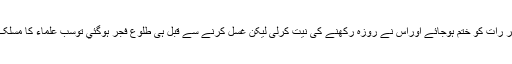
حائضہ یا نفاس والی عورت کا خون اگر رات کو ختم ہوجائے اوراس نے روزہ رکھنے کی نیت کرلی لیکن غسل کرنے سے قبل ہی طلوع فجر ہوگئي توسب علماء کا مسلک یہی ہے کہ اس کا روزہ صحیح ہوگا ۔